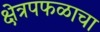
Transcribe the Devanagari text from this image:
क्षेत्रपफळाचा